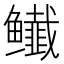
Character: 𬶸